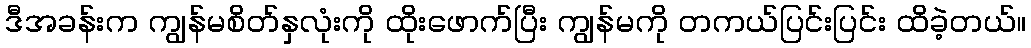
ဒီအခန်းက ကျွန်မစိတ်နှလုံးကို ထိုးဖောက်ပြီး ကျွန်မကို တကယ်ပြင်းပြင်း ထိခဲ့တယ်။